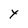
Character: Y